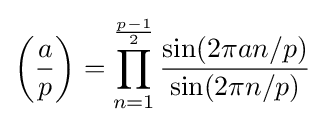
\left({\frac {a}{p}}\right)=\prod _{n=1}^{\frac {p-1}{2}}{\frac {\sin(2\pi an/p)}{\sin(2\pi n/p)}}